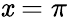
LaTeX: \mathit{x}=\pi